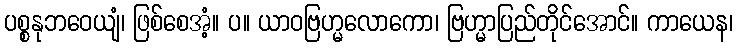
ပစ္စနုဘဝေယျံ၊ ဖြစ်စေအံ့။ ပ။ ယာဝဗြဟ္မလောကော၊ ဗြဟ္မာပြည်တိုင်အောင်။ ကာယေန၊